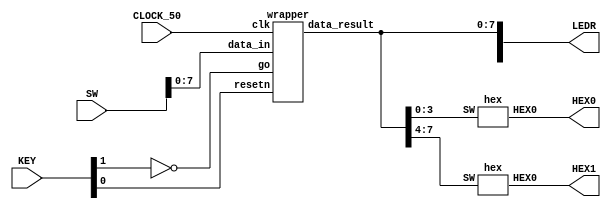
//Sw[7:0] data_in

//KEY[0] synchronous reset when pressed
//KEY[1] go signal

//LEDR displays result
//HEX0 & HEX1 also displays result

module part2(SW, KEY, CLOCK_50, LEDR, HEX0, HEX1);
    input [9:0] SW;
    input [3:0] KEY;
    input CLOCK_50;
    output [9:0] LEDR;
    output [6:0] HEX0, HEX1;

    wire resetn;
    wire go;

    wire [7:0] data_result;
    assign go = ~KEY[1];
    assign resetn = KEY[0];

    wrapper u0(
        .clk(CLOCK_50),
        .resetn(resetn),
        .go(go),
        .data_in(SW[7:0]),
        .data_result(data_result)
    );

    assign LEDR[7:0] = data_result;

    hex H0(
        .SW(data_result[3:0]), 
        .HEX0(HEX0)
        );
        
    hex H1(
        .SW(data_result[7:4]), 
        .HEX0(HEX1)
        );

endmodule

module wrapper(
    input clk,
    input resetn,
    input go,
    input [7:0] data_in,
    output [7:0] data_result
    );

    // lots of wires to connect our datapath and control
    wire ld_a, ld_b, ld_c, ld_x, ld_r;
    wire ld_alu_out;
    wire [1:0]  alu_select_a, alu_select_b;
    wire alu_op;

    control C0(
        .clk(clk),
        .resetn(resetn),
        
        .go(go),
        
        .ld_alu_out(ld_alu_out), 
        .ld_x(ld_x),
        .ld_a(ld_a),
        .ld_b(ld_b),
        .ld_c(ld_c), 
        .ld_r(ld_r), 
        
        .alu_select_a(alu_select_a),
        .alu_select_b(alu_select_b),
        .alu_op(alu_op)
    );

    datapath D0(
        .clk(clk),
        .resetn(resetn),

        .ld_alu_out(ld_alu_out), 
        .ld_x(ld_x),
        .ld_a(ld_a),
        .ld_b(ld_b),
        .ld_c(ld_c), 
        .ld_r(ld_r), 

        .alu_select_a(alu_select_a),
        .alu_select_b(alu_select_b),
        .alu_op(alu_op),

        .data_in(data_in),
        .data_result(data_result)
    );
                
 endmodule        
                

module control(
    input clk,
    input resetn,
    input go,

    output reg  ld_a, ld_b, ld_c, ld_x, ld_r,
    output reg  ld_alu_out,
    output reg [1:0]  alu_select_a, alu_select_b,
    output reg alu_op
    );

    reg [5:0] current_state, next_state; 
    
    localparam  S_LOAD_A        = 5'd0,
                S_LOAD_A_WAIT   = 5'd1,
                S_LOAD_B        = 5'd2,
                S_LOAD_B_WAIT   = 5'd3,
                S_LOAD_C        = 5'd4,
                S_LOAD_C_WAIT   = 5'd5,
                S_LOAD_X        = 5'd6,
                S_LOAD_X_WAIT   = 5'd7,
                S_CYCLE_0       = 5'd8,
                S_CYCLE_1       = 5'd9,
                S_CYCLE_2       = 5'd10,
					 S_CYCLE_3       = 5'd11,
					 S_CYCLE_4       = 5'd12,
					 S_CYCLE_5       = 5'd13;
    
    // Next state logic aka our state table
    always@(*)
    begin: state_table 
            case (current_state)
                S_LOAD_A: next_state = go ? S_LOAD_A_WAIT : S_LOAD_A; // Loop in current state until value is input
                S_LOAD_A_WAIT: next_state = go ? S_LOAD_A_WAIT : S_LOAD_B; // Loop in current state until go signal goes low
                S_LOAD_B: next_state = go ? S_LOAD_B_WAIT : S_LOAD_B; // Loop in current state until value is input
                S_LOAD_B_WAIT: next_state = go ? S_LOAD_B_WAIT : S_LOAD_C; // Loop in current state until go signal goes low
                S_LOAD_C: next_state = go ? S_LOAD_C_WAIT : S_LOAD_C; // Loop in current state until value is input
                S_LOAD_C_WAIT: next_state = go ? S_LOAD_C_WAIT : S_LOAD_X; // Loop in current state until go signal goes low
                S_LOAD_X: next_state = go ? S_LOAD_X_WAIT : S_LOAD_X; // Loop in current state until value is input
                S_LOAD_X_WAIT: next_state = go ? S_LOAD_X_WAIT : S_CYCLE_0; // Loop in current state until go signal goes low
                S_CYCLE_0: next_state = S_CYCLE_1;
                S_CYCLE_1: next_state = S_CYCLE_2;
                S_CYCLE_2: next_state = S_CYCLE_3;
                S_CYCLE_3: next_state = S_CYCLE_4;
                S_CYCLE_4: next_state = S_LOAD_A; // we will be done our two operations, start over after
            default:     next_state = S_LOAD_A;
        endcase
    end // state_table
   

    // Output logic aka all of our datapath control signals
    always @(*)
    begin: enable_signals
        // By default make all our signals 0
        ld_alu_out = 1'b0;
        ld_a = 1'b0;
        ld_b = 1'b0;
        ld_c = 1'b0;
        ld_x = 1'b0;
        ld_r = 1'b0;
        alu_select_a = 2'b0;
        alu_select_b = 2'b0;
        alu_op       = 1'b0;

        case (current_state)
            S_LOAD_A: begin
                ld_a = 1'b1;
                end
            S_LOAD_B: begin
                ld_b = 1'b1;
                end
            S_LOAD_C: begin
                ld_c = 1'b1;
                end
            S_LOAD_X: begin
                ld_x = 1'b1;
                end
            S_CYCLE_0: begin // Do B <- x^2
                ld_alu_out = 1'b1; ld_a = 1'b1; // store result into B
                alu_select_a = 2'b00; // Select register x
                alu_select_b = 2'b11; // Also select register x
                alu_op = 1'b1; // Do multiply operation
            end
            S_CYCLE_1: begin // Do A <- Ax^2
                ld_alu_out = 1'b1; ld_a = 1'b1; // store result into A
                alu_select_a = 2'b00; // Select register A
                alu_select_b = 2'b01; // Select register B
                alu_op = 1'b0; // Do multiply operation
            end
            S_CYCLE_2: begin // Do B <- Bx
                ld_alu_out = 1'b1; ld_a = 1'b1; // store result into B
                alu_select_a = 2'b00; // Select register B
                alu_select_b = 2'b11; // Select register x
                alu_op = 1'b1; // Do multiply operation
            end
				S_CYCLE_3: begin // Do A <- Ax^2+Bx
                ld_r = 1'b1; // store result into result register
                alu_select_a = 2'b00; // Select register A
                alu_select_b = 2'b10; // Select register B
                alu_op = 1'b0; // add operation
            end
        // default:    // don't need default since we already made sure all of our outputs were assigned a value at the start of the always block
        endcase
    end // enable_signals
   
    // current_state registers
    always@(posedge clk)
    begin: state_FFs
        if(!resetn)
            current_state <= S_LOAD_A;
        else
            current_state <= next_state;
    end // state_FFS
endmodule

module datapath(
    input clk,
    input resetn,
    input [7:0] data_in,
    input ld_alu_out, 
    input ld_x, ld_a, ld_b, ld_c,
    input ld_r,
    input alu_op, 
    input [1:0] alu_select_a, alu_select_b,
    output reg [7:0] data_result
    );
    
    // input registers
    reg [7:0] a, b, c, x;

    // output of the alu
    reg [7:0] alu_out;
    // alu input muxes
    reg [7:0] alu_a, alu_b;
    
    // Registers a, b, c, x with respective input logic
    always@(posedge clk) begin
        if(!resetn) begin
            a <= 8'b0; 
            b <= 8'b0; 
            c <= 8'b0; 
            x <= 8'b0; 
        end
        else begin
            if(ld_a)
                a <= ld_alu_out ? alu_out : data_in; // load alu_out if load_alu_out signal is high, otherwise load from data_in
            if(ld_b)
                b <= ld_alu_out ? alu_out : data_in; // load alu_out if load_alu_out signal is high, otherwise load from data_in
            if(ld_x)
                x <= data_in;
            if(ld_c)
                c <= data_in;
        end
    end
 
    // Output result register
    always@(posedge clk) begin
        if(!resetn) begin
            data_result <= 8'b0; 
        end
        else 
            if(ld_r)
                data_result <= alu_out;
    end

    // The ALU input multiplexers
    always @(*)
    begin
        case (alu_select_a)
            2'd0:
                alu_a = a;
            2'd1:
                alu_a = b;
            2'd2:
                alu_a = c;
            2'd3:
                alu_a = x;
            default: alu_a = 8'b0;
        endcase

        case (alu_select_b)
            2'd0:
                alu_b = a;
            2'd1:
                alu_b = b;
            2'd2:
                alu_b = c;
            2'd3:
                alu_b = x;
            default: alu_b = 8'b0;
        endcase
    end

    // The ALU 
    always @(*)
    begin : ALU
        // alu
        case (alu_op)
            0: begin
                   alu_out = alu_a + alu_b; //performs addition
               end
            1: begin
                   alu_out = alu_a * alu_b; //performs multiplication
               end
            default: alu_out = 8'b0;
        endcase
    end
    
endmodule


module hex(SW, HEX0);
	input [3:0] SW; 
	output [6:0] HEX0;
	
	wire c3 = SW[3];
	wire c2 = SW[2];
	wire c1 = SW[1];
   wire c0 = SW[0];
	
	assign HEX0[0] = ((!c3)&(!c2)&(!c1)&(c0)) | ((!c3)&(c2)&(!c1)&(!c0)) | ((c3)&(!c2)&(c1)&(c0)) | ((c3)&(c2)&(!c1)&(c0));
	assign HEX0[1] = ((!c3)&(c2)&(!c1)&(c0)) | ((!c3)&(c2)&(c1)&(!c0)) | ((c3)&(!c2)&(c1)&(c0)) | ((c3)&(c2)&(!c1)&(!c0)) | ((c3)&(c2)&(c1)&(!c0)) | ((c3)&(c2)&(c1)&(c0));
	assign HEX0[2] = ((!c3)&(!c2)&(c1)&(!c0)) | ((c3)&(c2)&(!c1)&(!c0)) | ((c3)&(c2)&(c1)&(!c0)) | ((c3)&(c2)&(c1)&(c0));
	assign HEX0[3] = ((!c3)&(!c2)&(!c1)&(c0)) | ((!c3)&(c2)&(!c1)&(!c0)) | ((!c3)&(c2)&(c1)&(c0)) | ((c3)&(!c2)&(c1)&(!c0)) | ((c3)&(c2)&(c1)&(c0)); 
	assign HEX0[4] = ((!c3)&(!c2)&(!c1)&(c0)) | ((!c3)&(!c2)&(c1)&(c0)) | ((!c3)&(c2)&(!c1)&(!c0)) | ((!c3)&(c2)&(!c1)&(c0)) | ((!c3)&(c2)&(c1)&(c0)) | ((c3)&(!c2)&(!c1)&(c0));
	assign HEX0[5] = ((!c3)&(!c2)&(!c1)&(c0)) | ((!c3)&(!c2)&(c1)&(!c0)) | ((!c3)&(!c2)&(c1)&(c0)) | ((!c3)&(c2)&(c1)&(c0)) | ((c3)&(c2)&(!c1)&(c0));
	assign HEX0[6] = ((!c3)&(!c2)&(!c1)&(!c0)) | ((!c3)&(!c2)&(!c1)&(c0)) | ((!c3)&(c2)&(c1)&(c0)) | ((c3)&(c2)&(!c1)&(!c0));
endmodule